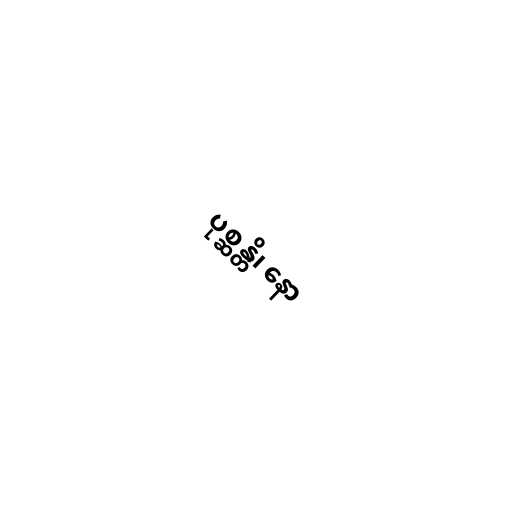
ပုစ္ဆန္တိ၊ နော